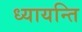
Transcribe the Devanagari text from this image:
ध्यायन्ति